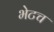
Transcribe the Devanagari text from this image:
भेटच